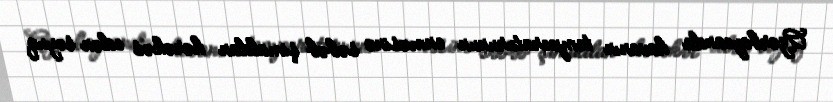
Azərbaycanda havanın temperaturunun enməsinə səbəb şimaldan hərəkət edən soyuq